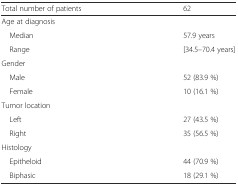
<table><thead><tr><td><b>Total number of patients</b></td><td><b>62</b></td></tr></thead><tbody><tr><td colspan="2">Age at diagnosis</td></tr><tr><td> Median</td><td>57.9 years</td></tr><tr><td> Range</td><td>[34.5–70.4 years]</td></tr><tr><td colspan="2">Gender</td></tr><tr><td> Male</td><td>52 (83.9 %)</td></tr><tr><td> Female</td><td>10 (16.1 %)</td></tr><tr><td colspan="2">Tumor location</td></tr><tr><td> Left</td><td>27 (43.5 %)</td></tr><tr><td> Right</td><td>35 (56.5 %)</td></tr><tr><td colspan="2">Histology</td></tr><tr><td> Epitheloid</td><td>44 (70.9 %)</td></tr><tr><td> Biphasic</td><td>18 (29.1 %)</td></tr></tbody></table>